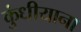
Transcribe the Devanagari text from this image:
कुंधीयाना